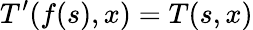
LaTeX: T^{\prime}(f(s),x)=T(s,x)